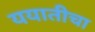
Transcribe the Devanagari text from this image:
ययातीचा